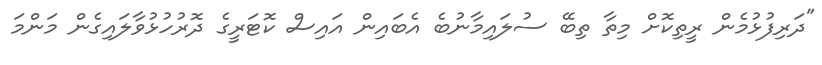
"ދަރިފުޅުމެން ރީތިކޮށް މިތާ ތިބޭ ސުލައިމާނުބެ އެބައިން އައިސް ކޮޓަރީގެ ދޮރުހުޅުވާލައިގެން މަންމަ